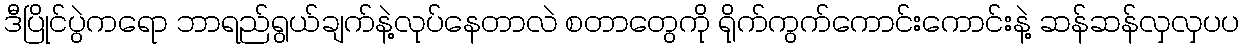
ဒီပြိုင်ပွဲကရော ဘာရည်ရွယ်ချက်နဲ့လုပ်နေတာလဲ စတာတွေကို ရိုက်ကွက်ကောင်းကောင်းနဲ့ ဆန်ဆန်လှလှပပ